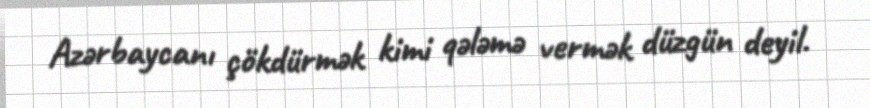
Azərbaycanı çökdürmək kimi qələmə vermək düzgün deyil.